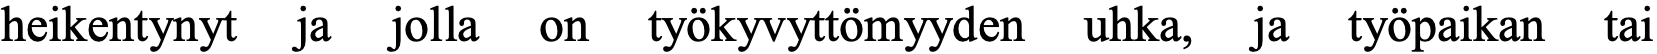
heikentynyt ja jolla on työkyvyttömyyden uhka, ja työpaikan tai